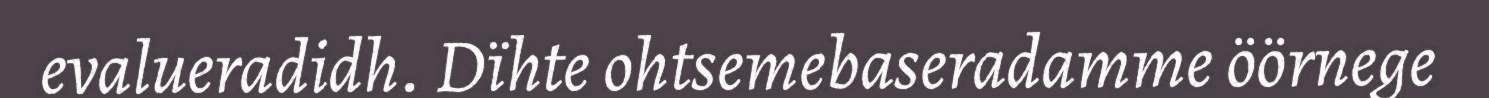
evalueradidh. Dïhte ohtsemebaseradamme öörnege